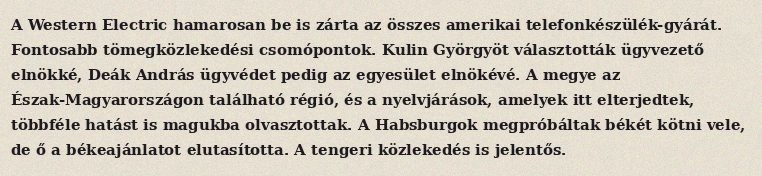
A Western Electric hamarosan be is zárta az összes amerikai telefonkészülék-gyárát. Fontosabb tömegközlekedési csomópontok. Kulin Györgyöt választották ügyvezető elnökké, Deák András ügyvédet pedig az egyesület elnökévé. A megye az Észak-Magyarországon található régió, és a nyelvjárások, amelyek itt elterjedtek, többféle hatást is magukba olvasztottak. A Habsburgok megpróbáltak békét kötni vele, de ő a békeajánlatot elutasította. A tengeri közlekedés is jelentős.